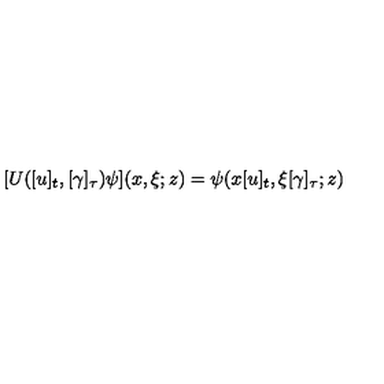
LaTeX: \lbrack U ( [ u ] _ { t } , [ \gamma ] _ { \tau } ) \psi ] ( x , \xi ; z ) = \psi ( x [ u ] _ { t } , \xi \lbrack \gamma ] _ { \tau } ; z )